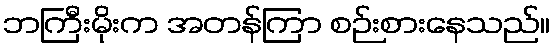
ဘကြီးမိုးက အတန်ကြာ စဉ်းစားနေသည်။